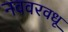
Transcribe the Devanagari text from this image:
नववरवधू